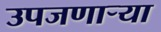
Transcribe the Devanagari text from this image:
उपजणाऱ्या